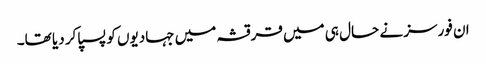
ان فورسز نے حال ہی میں قرقشہ میں جہادیوں کو پسپا کر دیا تھا۔